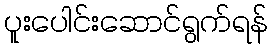
ပူးပေါင်းဆောင်ရွက်ရန်